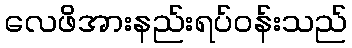
လေဖိအားနည်းရပ်ဝန်းသည်